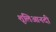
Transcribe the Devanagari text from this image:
शूलिआनदी